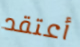
أعتقد